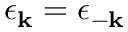
\epsilon _ { \mathbf { k } } = \epsilon _ { - \mathbf { k } }